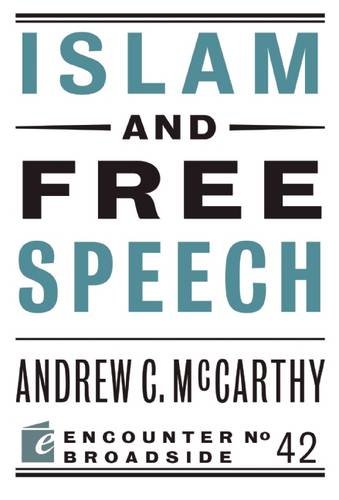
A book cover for Islam and Free Speech (Encounter Broadside); Andrew C McCarthy; Religion & Spirituality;